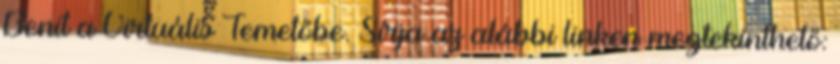
Benit a Virtuális Temetőbe. Sírja az alábbi linken megtekinthető: